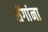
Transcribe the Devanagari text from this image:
शेंगांना